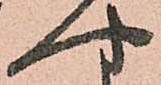
や